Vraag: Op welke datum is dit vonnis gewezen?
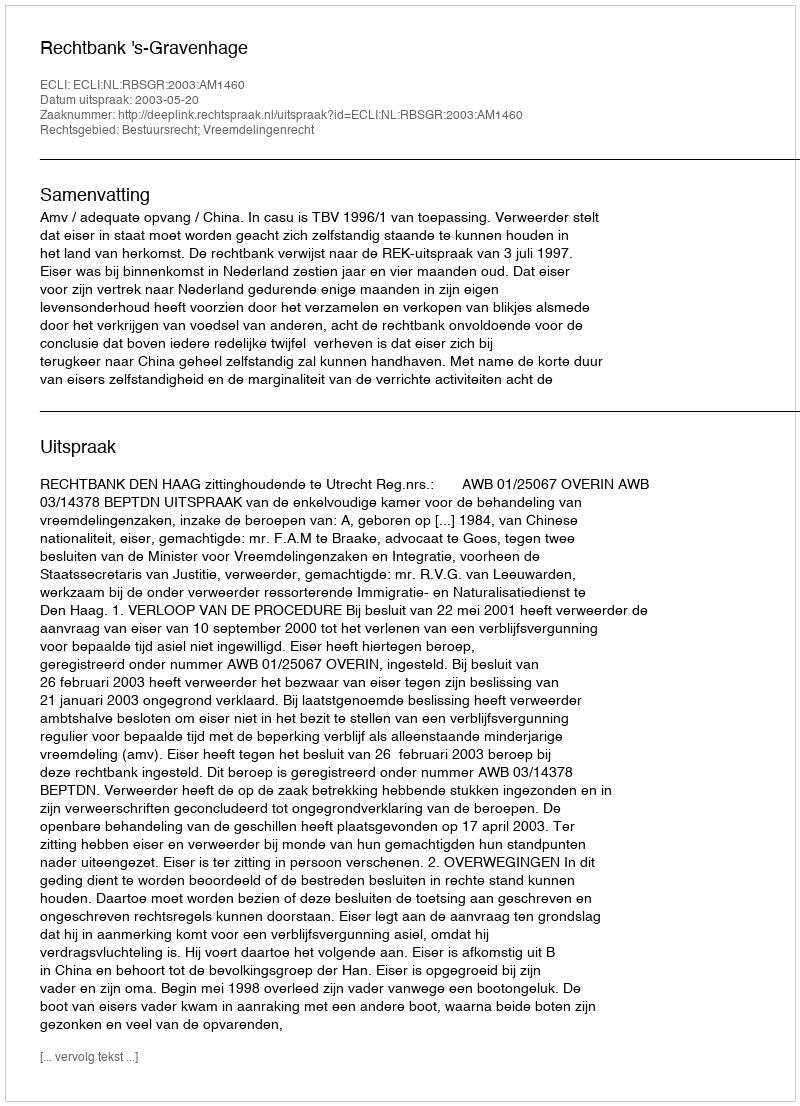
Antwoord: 2003-05-20